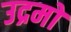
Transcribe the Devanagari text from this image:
उद्रमों